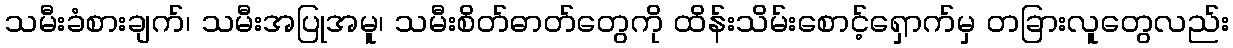
သမီးခံစားချက်၊ သမီးအပြုအမူ၊ သမီးစိတ်ဓာတ်တွေကို ထိန်းသိမ်းစောင့်ရှောက်မှ တခြားလူတွေလည်း